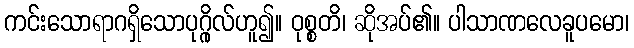
ကင်းသောရာဂရှိသောပုဂ္ဂိုလ်ဟူ၍။ ဝုစ္စတိ၊ ဆိုအပ်၏။ ပါသာဏလေခူပမော၊